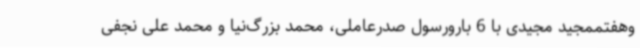
وهفتممجید مجیدی با 6 بارورسول صدرعاملی، محمد بزرگ‌نیا و محمد علی نجفی